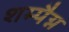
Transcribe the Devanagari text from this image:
शम्पैग्न